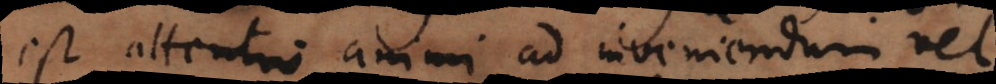
est attentio animi ad inveniendum vel